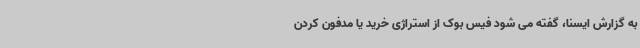
به گزارش ایسنا، گفته می شود فیس بوک از استراژی خرید یا مدفون کردن